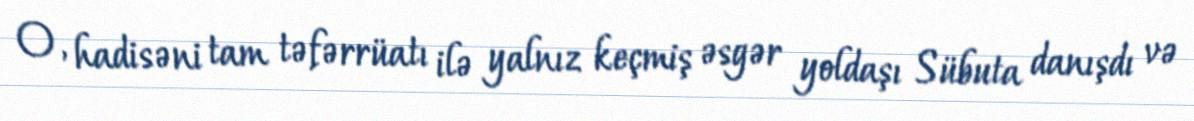
O, hadisəni tam təfərrüatı ilə yalnız keçmiş əsgər yoldaşı Sübuta danışdı və